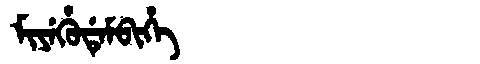
Manchu: ᠮᡳᠶᡝᡥᡠᡩᡝᠮᠪᡳᡥᡝ
Romanization: MIYEHUDEMBIHE